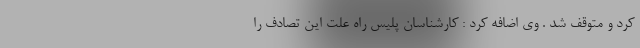
کرد و متوقف شد . وی اضافه کرد : کارشناسان پلیس راه علت این تصادف را